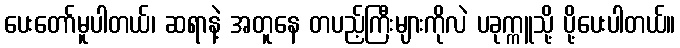
ပေးတော်မူပါတယ်၊ ဆရာနဲ့ အတူနေ တပည့်ကြီးများကိုလဲ ပခုက္ကူသို့ ပို့ပေးပါတယ်။